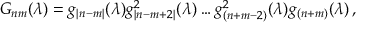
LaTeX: G _ { n m } ( \lambda ) = g _ { | n - m | } ( \lambda ) g _ { | n - m + 2 | } ^ { 2 } ( \lambda ) \ldots g _ { ( n + m - 2 ) } ^ { 2 } ( \lambda ) g _ { ( n + m ) } ( \lambda ) \, ,